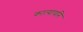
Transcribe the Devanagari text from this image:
कात्यायनि